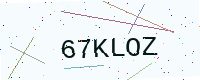
Text: 67KLOZ